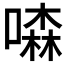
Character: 𠾣